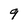
Character: 9